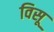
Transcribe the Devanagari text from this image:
विसू